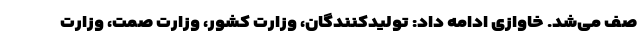
صف می‌شد. خاوازی ادامه داد: تولیدکنندگان، وزارت کشور، وزارت صمت، وزارت